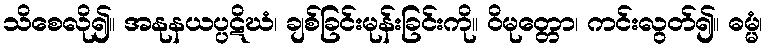
သိစေလို၍။ အနုနယပ္ပဋိဃံ၊ ချစ်ခြင်းမုန်းခြင်းကို။ ဝိမုတ္တော၊ ကင်းလွတ်၍။ ဓမ္မံ၊